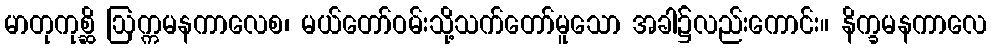
မာတုကုစ္ဆိ ဩက္ကမနကာလေစ၊ မယ်တော်ဝမ်းသို့သက်တော်မူသော အခါ၌လည်းကောင်း။ နိက္ခမနကာလေ